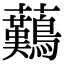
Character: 䕿